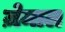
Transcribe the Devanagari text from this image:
ज़ेमाल